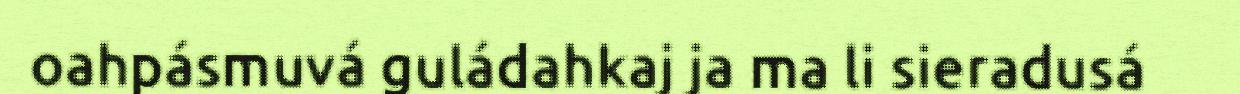
oahpásmuvá guládahkaj ja ma li sieradusá